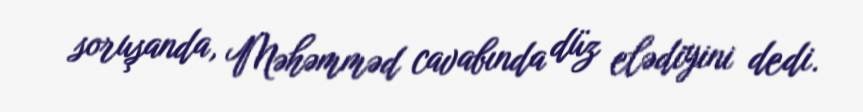
soruşanda, Məhəmməd cavabında düz elədiyini dedi.